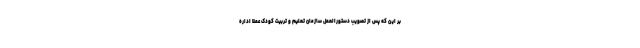
بر این که پس از تصویب دستورالعمل سازمان تعلیم و تربیت کودک عملاً اداره